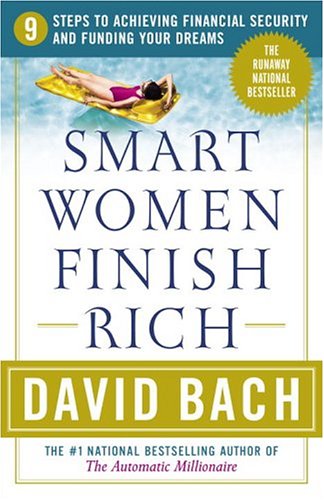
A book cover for Smart Women Finish Rich: 9 Steps to Achieving Financial Security and Funding Your Dreams; David Bach; Business & Money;